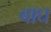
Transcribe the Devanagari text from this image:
बाघ्‍ा